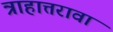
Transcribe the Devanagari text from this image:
त्राहात्तरावा